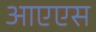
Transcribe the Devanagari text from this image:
आएएस